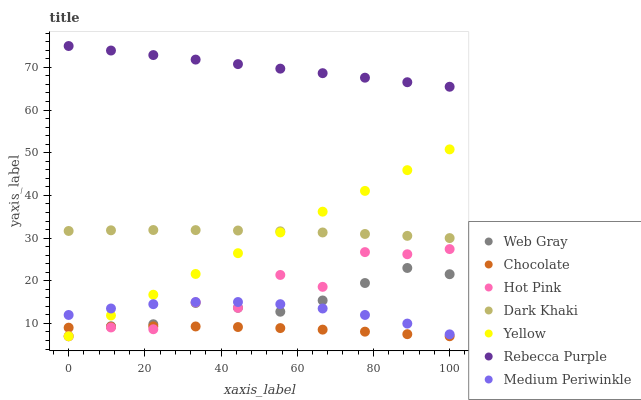
| xaxis_label | Web Gray | Chocolate | Hot Pink | Dark Khaki | Yellow | Rebecca Purple | Medium Periwinkle |
 | --- | --- | --- | --- | --- | --- | --- | --- |
 | 0 | 7 | 9.01 | 7 | 31.7 | 7 | 75 | 12 |
 | 11.1 | 9.34 | 9.22 | 9.06 | 31.8 | 11.9 | 73.9 | 13.5 |
 | 22.2 | 9.81 | 9.31 | 8.64 | 31.9 | 16.7 | 72.9 | 14.5 |
 | 33.3 | 14.8 | 9.29 | 15 | 31.9 | 21.6 | 71.8 | 15 |
 | 44.4 | 13.7 | 9.16 | 13.7 | 31.8 | 26.5 | 70.8 | 15 |
 | 55.6 | 12.7 | 8.91 | 21.4 | 31.6 | 31.3 | 69.7 | 14.5 |
 | 66.7 | 15.4 | 8.55 | 18.6 | 31.3 | 36.2 | 68.6 | 13.5 |
 | 77.8 | 19.5 | 8.08 | 26.7 | 31 | 41.1 | 67.6 | 12 |
 | 88.9 | 23 | 7.49 | 26.2 | 30.5 | 45.9 | 66.5 | 9.97 |
 | 100 | 21.5 | 7 | 27.4 | 30 | 50.8 | 65.5 | 7.44 |